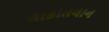
તાકાતવાન